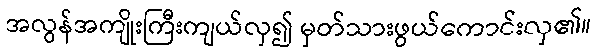
အလွန်အကျိုးကြီးကျယ်လှ၍ မှတ်သားဖွယ်ကောင်းလှ၏။